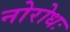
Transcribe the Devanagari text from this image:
नोरोधः